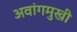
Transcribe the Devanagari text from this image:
अवांगमुखी